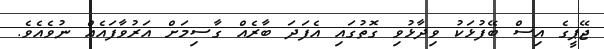
ޖޭޕީގެ އިސް ބޭފުޅަކު ވިދާޅުވި ގޮތުގައި އެފަދަ ބާރެއް ގާސިމަށް އަރުވާފައެއް ނުވެއެވެ.